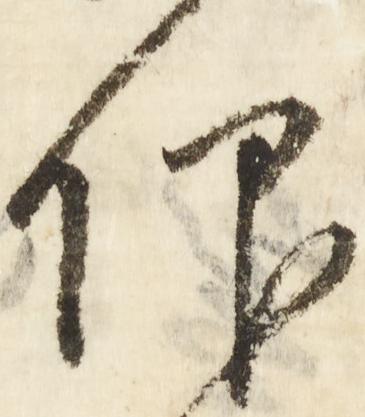
仰